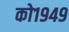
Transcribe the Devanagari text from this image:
को१९४९